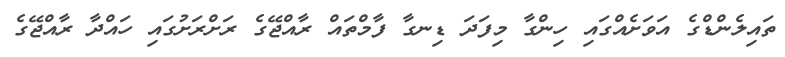
ތައިލެންޑްގެ އަވަށެއްގައި ހިންގާ މިފަދަ ޑިނގާ ފާމްތައް ރާއްޖޭގެ ރަށްރަށުގައި ހައްދާ ރާއްޖޭގެ